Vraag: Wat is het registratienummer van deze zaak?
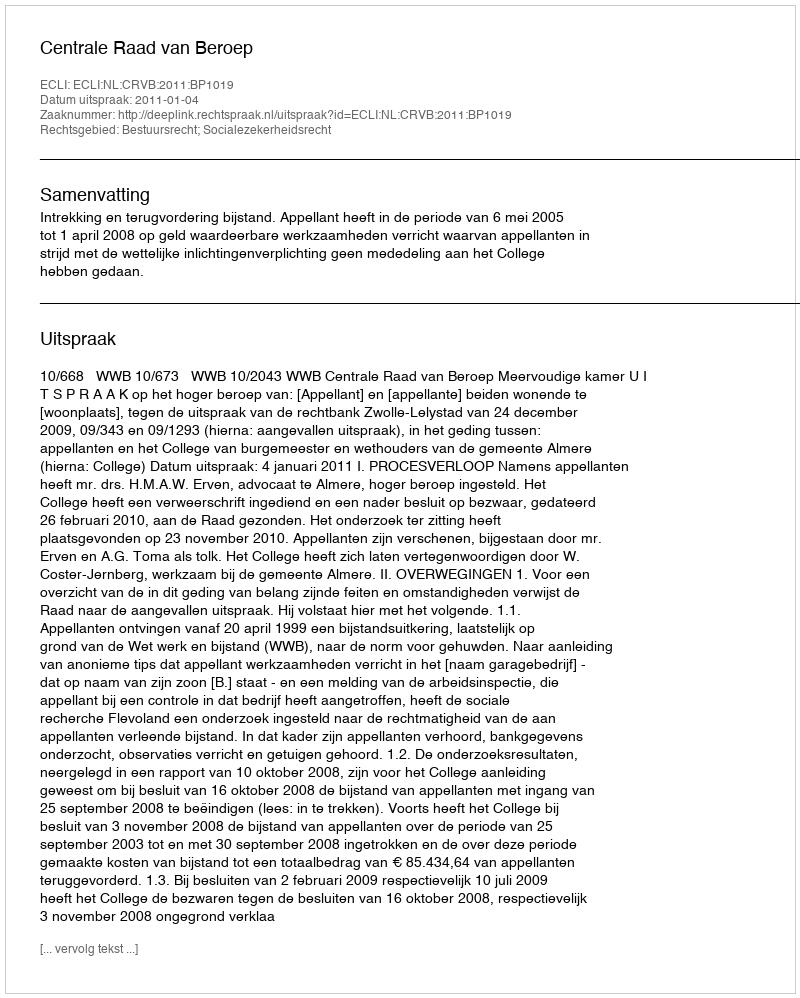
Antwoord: http://deeplink.rechtspraak.nl/uitspraak?id=ECLI:NL:CRVB:2011:BP1019